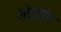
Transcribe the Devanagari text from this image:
मोइरांग